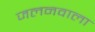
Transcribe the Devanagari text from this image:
जलनवाला